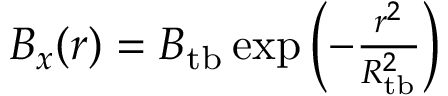
\begin{array} { r } { B _ { x } ( r ) = B _ { \mathrm { t b } } \exp { \left( - \frac { r ^ { 2 } } { R _ { \mathrm { t b } } ^ { 2 } } \right) } } \end{array}